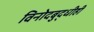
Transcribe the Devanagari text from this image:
विनोदबुद्धीही